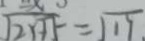
\sqrt { 2 x + 5 } = \sqrt { 1 7 }